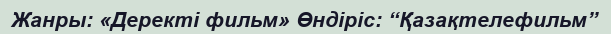
Жанры: «Деректі фильм» Өндіріс: “Қазақтелефильм”